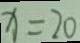
x = 2 0